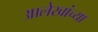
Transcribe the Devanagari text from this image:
आलेखांच्या